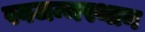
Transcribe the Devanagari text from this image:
स्वजन्मस्थान